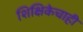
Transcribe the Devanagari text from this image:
शिक्षिकेचाही